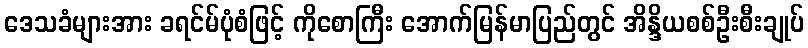
ဒေသခံများအား ခရင်မ်ပုံစံဖြင့် ကိုစောကြီး အောက်မြန်မာပြည်တွင် အိန္ဒိယစစ်ဦးစီးချုပ်